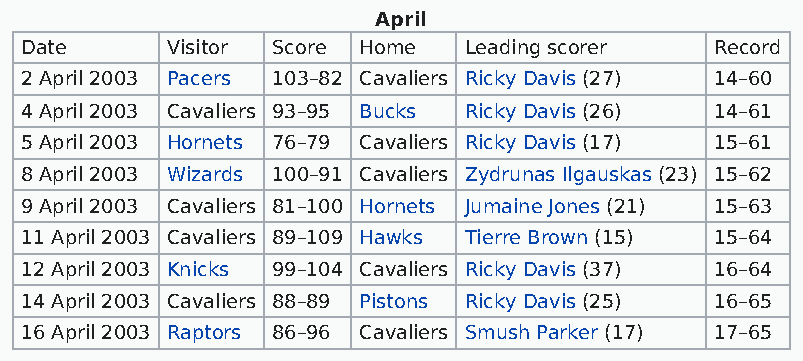
April
 Date      Visitor Score Home  Leading scorer  Record
 2 April 2003 Pacers 103–82 Cavaliers Ricky Davis (27) 14–60
 4 April 2003 Cavaliers 93–95 Bucks Ricky Davis (26) 14–61
 5 April 2003 Hornets 76–79 Cavaliers Ricky Davis (17) 15–61
 8 April 2003 Wizards 100–91 Cavaliers Zydrunas Ilgauskas (23) 15–62
 9 April 2003 Cavaliers 81–100 Hornets Jumaine Jones (21) 15–63
 11 April 2003 Cavaliers 89–109 Hawks Tierre Brown (15) 15–64
 12 April 2003 Knicks 99–104 Cavaliers Ricky Davis (37) 16–64
 14 April 2003 Cavaliers 88–89 Pistons Ricky Davis (25) 16–65
 16 April 2003 Raptors 86–96 Cavaliers Smush Parker (17) 17–65